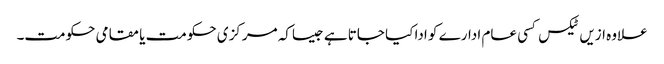
علاوہ ازیں ٹیکس کسی عام ادارے کو ادا کیا جاتا ہے جیساکہ مرکزی حکومت یا مقامی حکومت۔